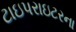
ટાઇપરાઇટરના